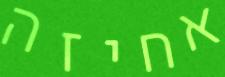
אחיזה